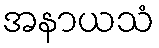
အနာယသံ